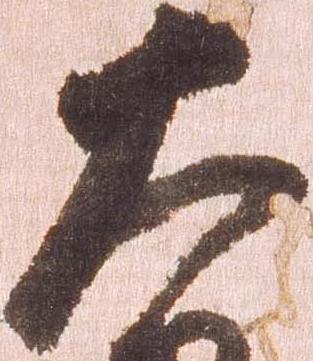
大